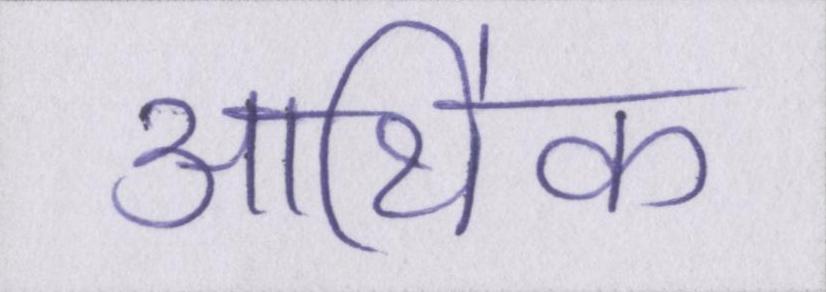
आथि॑क